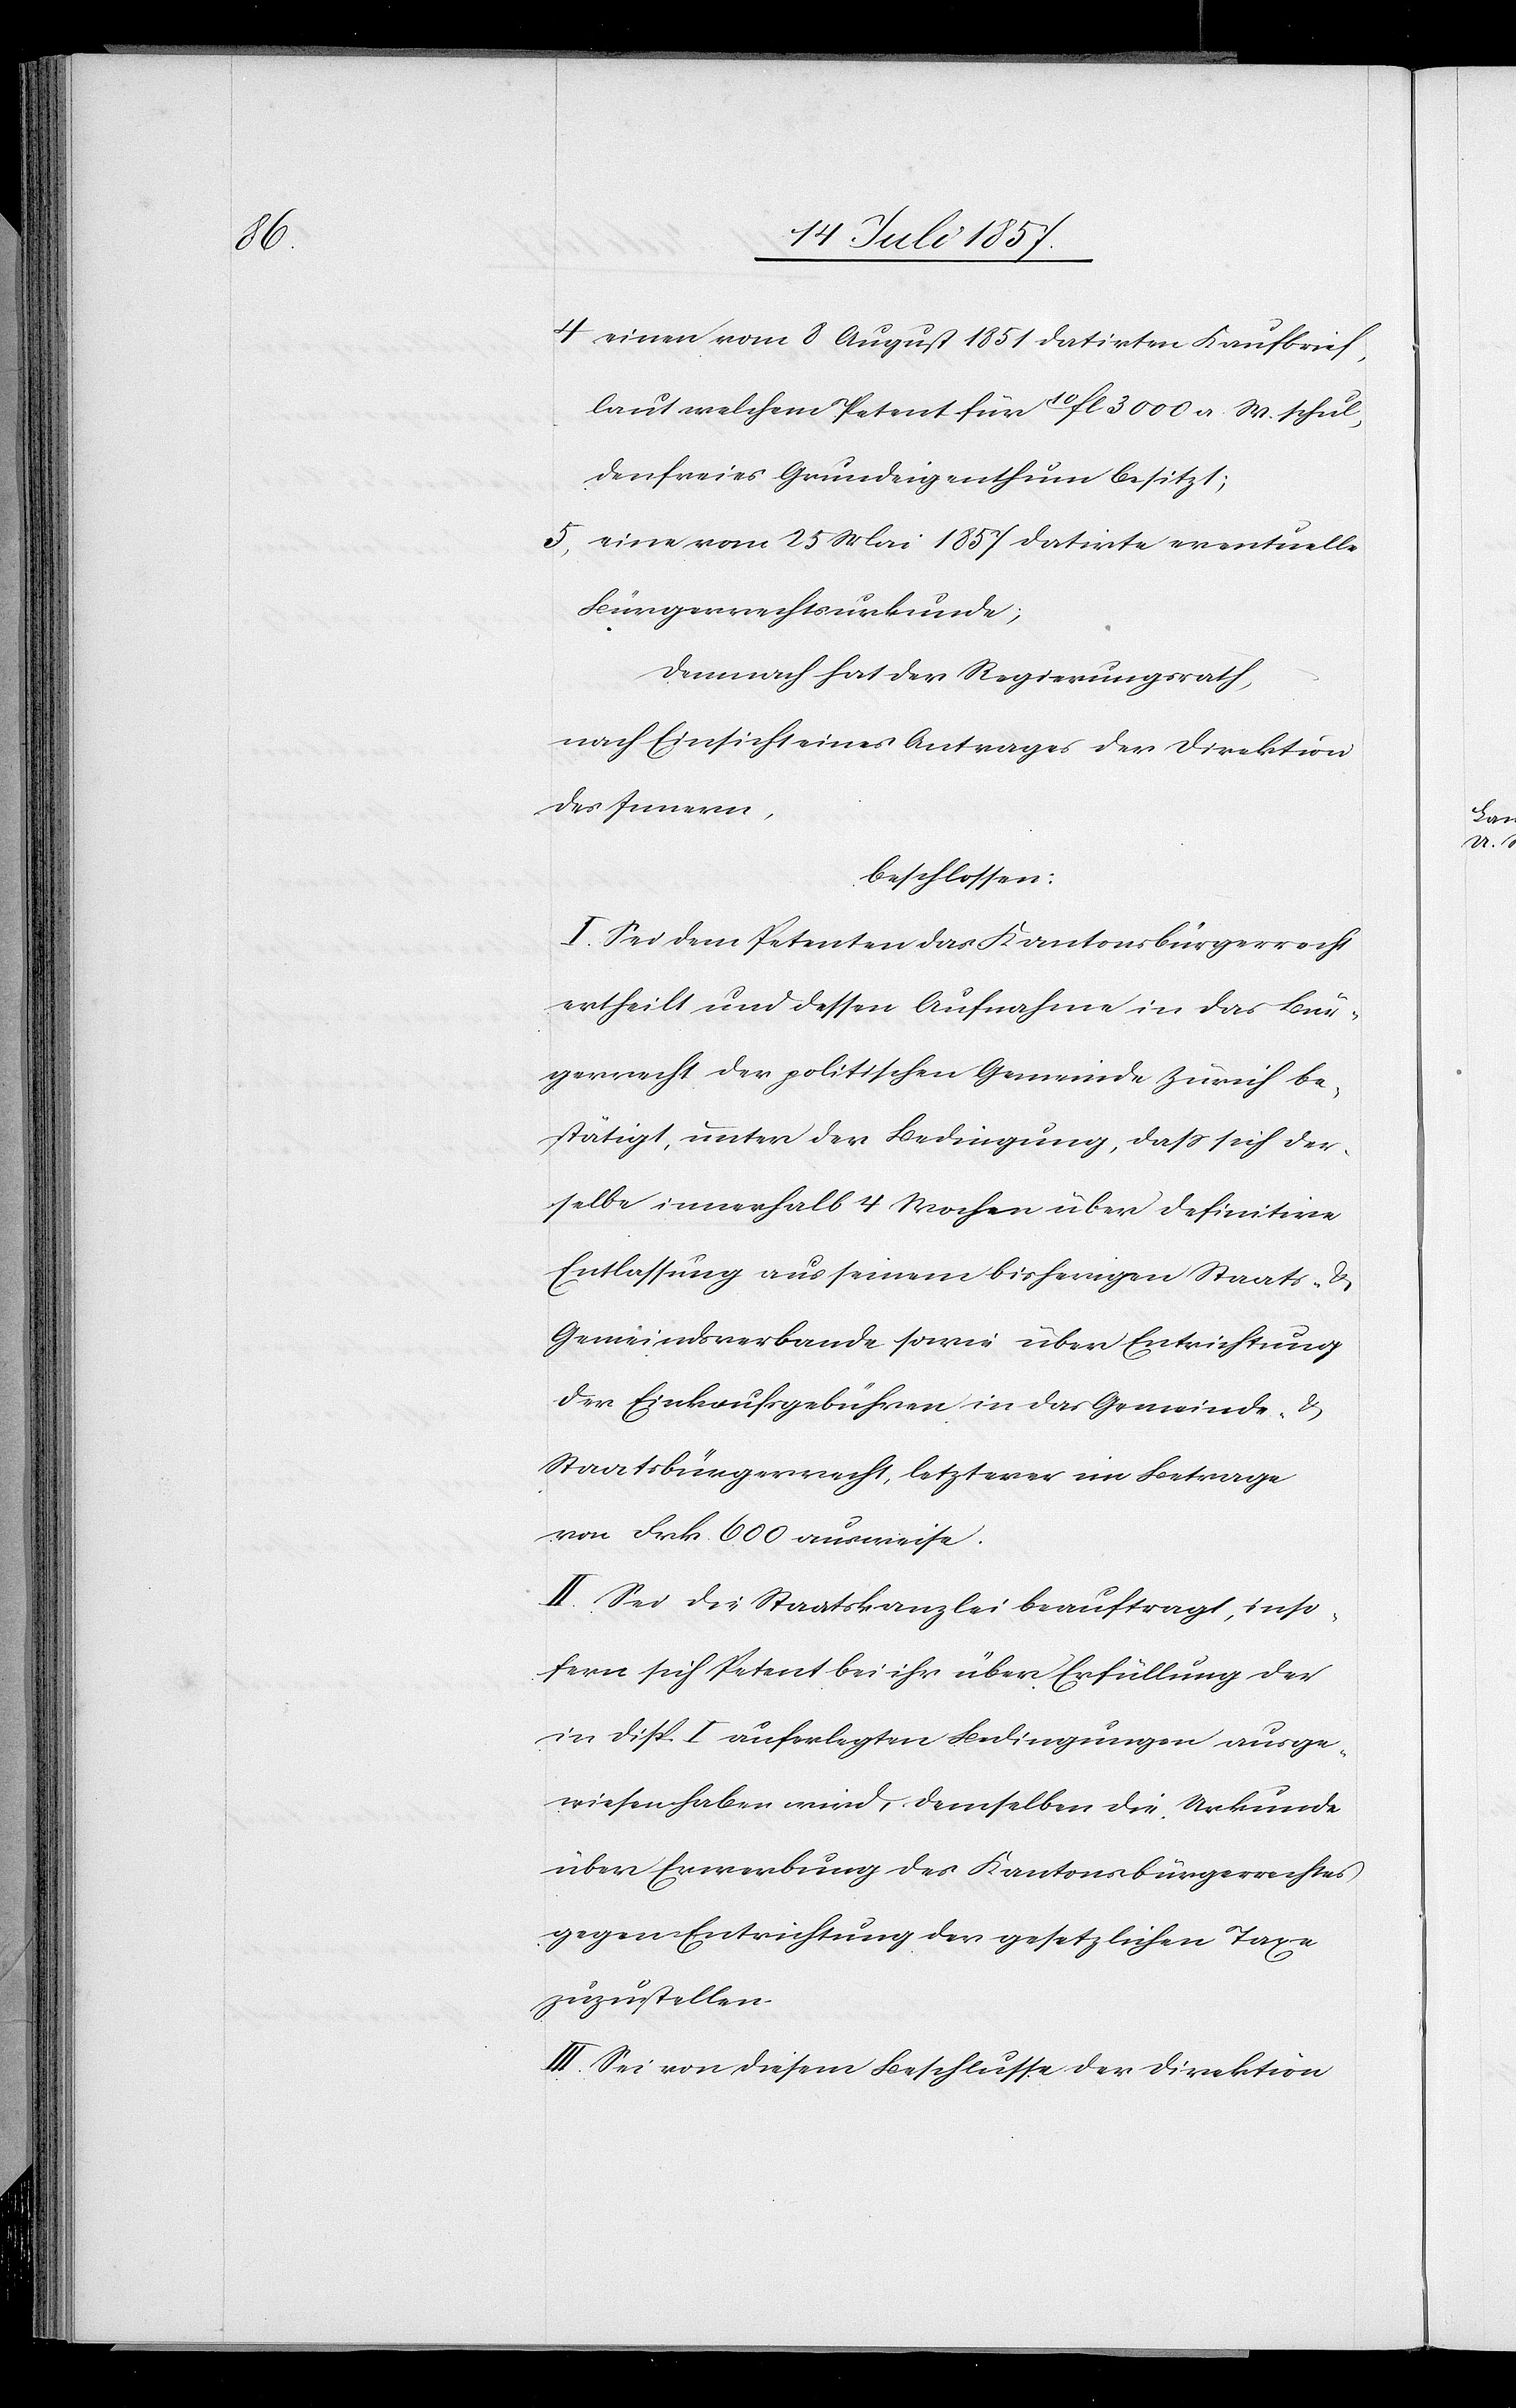
4. einen vom 8 August 1851 datirten Kaufbrief,
laut welchem Petent für 10 fl 3000 a. W. schul¬
denfreies Grundeigenthum besitzt;
5. eine vom 25 Mai 1857 datirte eventuelle
Bürgerrechtsurkunde,
Demnach hat der Regierungsrath,
nach Einsicht eines Antrages der Direktion
des Innern,
beschlossen:
I. Sei dem Petenten das Kantonsbürgerrecht
ertheilt und dessen Aufnahme in das Bür¬
gerrecht der politischen Gemeinde Zürich be¬
stätigt, unter der Bedingung, daß sich der¬
selbe innerhalb 4 Wochen über definitive
Entlassung aus seinem bisherigen Staats- &
Gemeindsbanne sowie über Entrichtung
der Einkaufsgebühren in das Gemeinde- &
Staatsbürgerrecht, letzteres im Betrage
von Frk. 600 ausweise.
II. Sei die Staatskanzlei beauftragt, inso¬
fern sich Petent bei ihr über Erfüllung der
in Disp. I auferlegten Bedingungen ausge¬
wiesen haben wird, demselben die Urkunde
über Erwerbung des Kantonsbürgerrechtes
gegen Entrichtung der gesetzlichen Taxe
zuzustellen.
III. Sei von diesem Beschlusse der Direktion